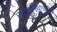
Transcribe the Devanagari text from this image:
नाट्यसंस्थाचालक